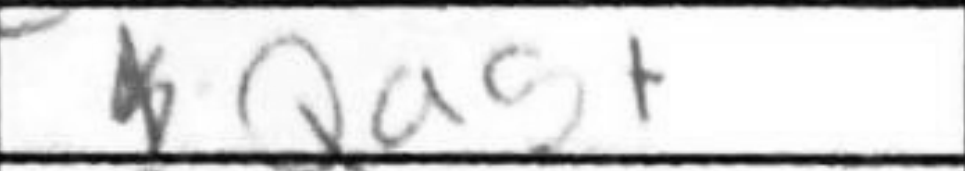
Transcription: Qa5+